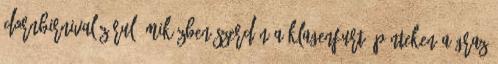
dornbirnival zárul, miközben szerdán a Klagenfurt, pénteken a Graz